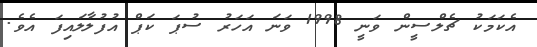
އެކަމަކު ޗެލްސީން ވަނީ 1998 ވަނަ އަހަރު ސުޕަ ކަޕް އުފުލާލައިފަ އެވެ.